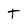
Character: t